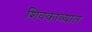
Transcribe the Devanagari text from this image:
शिवकाव्यात